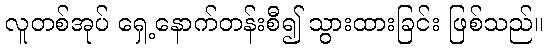
လူတစ်အုပ် ရှေ့နောက်တန်းစီ၍ သွားထားခြင်း ဖြစ်သည်။